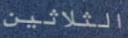
الثلاثين